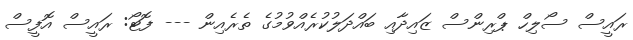
ރައީސް ސޯލިހް ޕްރިންސް ޒައިދާއި ބައްދަލުކުރެއްވުމުގެ ތެރެއިން --- ފޮޓޯ: ރައީސް އޮފީސް